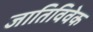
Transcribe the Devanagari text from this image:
जातिविवेक